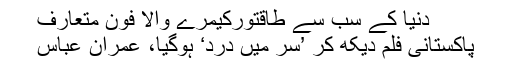
دنیا کے سب سے طاقتورکیمرے والا فون متعارف
پاکستانی فلم دیکھ کر ’سر میں درد‘ ہوگیا، عمران عباس